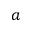
a